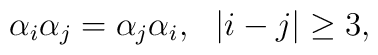
\begin{array}{cc}\alpha_i \alpha_j = \alpha_j \alpha_i ,  &  |i-j|\geq 3 , \\ \end{array}